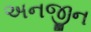
અનજીન